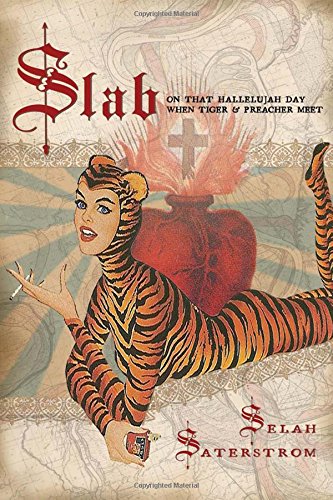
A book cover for Slab; Selah Saterstrom; Science Fiction & Fantasy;